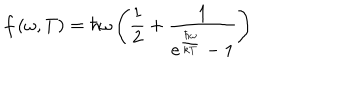
f \left( \omega , T \right) = \hbar \omega \left( \frac 1 2 + \frac 1 { e ^ { \frac { \hbar \omega } { k T } } - 1 } \right)